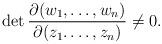
LaTeX: \begin{align*}\det \frac{\partial (w_{1},\dots,w_{n})}{\partial (z_{1}.\dots,z_{n})} \neq 0.\end{align*}